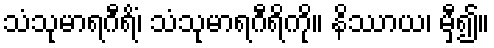
သံသုမာရဂီရိံ၊ သံသုမာရဂီရိကို။ နိဿာယ၊ မှီ၍။